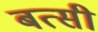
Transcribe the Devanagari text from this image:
बत्सी